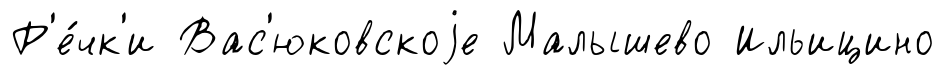
Р'е́чк'и Вас'юковскоjе Малышево Ильицино